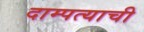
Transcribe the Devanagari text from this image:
दाम्पत्याची